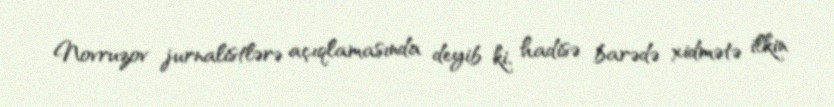
Novruzov jurnalistlərə açıqlamasında deyib ki, hadisə barədə xidmətə ilkin